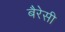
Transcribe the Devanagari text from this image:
बैरेसी